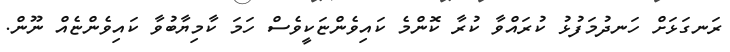
ރަނގަޅަށް ހަނދުމަފުޅު ކުރައްވާ ކުރާ ކޮންމެ ކައިވެންޏަކީވެސް ހަމަ ކާމިޔާބުވާ ކައިވެންޏެއް ނޫން.